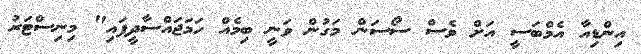
އިންޑިއާ އެމްބަސީ އަށް ވެސް ސޯސަން މަގުން ވަނީ ބިމެއް ހަމަޖައްސާދީފައި" މިނިސްޓަރު